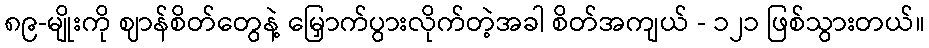
၈၉-မျိုးကို ဈာန်စိတ်တွေနဲ့ မြှောက်ပွားလိုက်တဲ့အခါ စိတ်အကျယ် - ၁၂၁ ဖြစ်သွားတယ်။